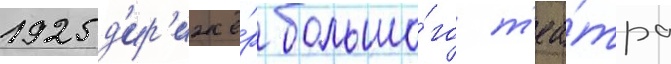
1925 д'ир'ижё́р большо́го т'еа́тра